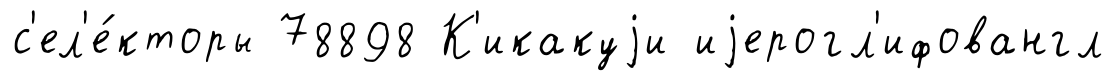
с'ел'е́кторы 78898 К'икакуjи иjерогл'ифовангл